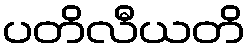
ပတိလီယတိ